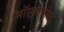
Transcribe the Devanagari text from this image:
मॉस्कोतील